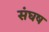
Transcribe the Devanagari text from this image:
संघष